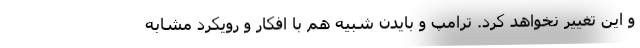
و این تغییر نخواهد کرد. ترامپ و بایدن شبیه هم با افکار و رویکرد مشابه